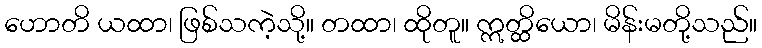
ဟောတိ ယထာ၊ ဖြစ်သကဲ့သို့။ တထာ၊ ထိုတူ။ ဣတ္ထိယော၊ မိန်းမတို့သည်။